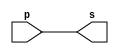
// -------------------------
// Exemplo0001 - buffer
// Nome: Matheus Filipe Sieiro Vargas	
// -------------------------
// -------------------------
// -- buffer
// -------------------------
module buffer (output s, input p);
assign s = p; // criar vinculo permanente
                        // (dependencia)
endmodule // buffer
// -------------------------
// -- test buffer
// -------------------------
module testbuffer;
// ------------------------- dados locais
   reg   a;    // definir registrador
                   // (variavel independente)
   wire  s;    // definir conexao (fio)
                   // (variavel dependente  )
// ------------------------- instancia
   buffer BF1 (s, a);
// ------------------------- preparacao
   initial begin:start
      a=0;     // valor inicial
    end
// ------------------------- parte principal
initial begin:main
               // execucao unitaria
      $display("Exemplo 0001 - Matheus Filipe Sieiro Vargas - 451601");
      $display("Test buffer:");
      $display("\t      time\ta = s");
               // execucao permanente
      $monitor("%d\t%b = %b", $time, a, s);
               // apos uma unidade de tempo
// mudar valor do registrador para 0
  #1  a=1;
               // apos duas unidades de tempo
// mudar valor do registrador para 1
  #2  a=0;
end
endmodule // testbuffer